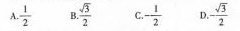
A. \frac{1}{2} B. \frac{\sqrt{3}}{2} C. -\frac{1}{2} D. -\frac{\sqrt{3}}{2}